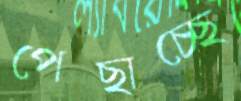
পেছাচ্ছে